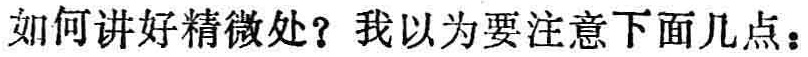
如何讲好精微处？我以为要注意下面几点：